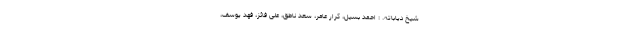
شیخ دیاباته. : احمد بسیل، کرار عامر، سعد ناطق، علی فائز، فهد یوسف،